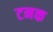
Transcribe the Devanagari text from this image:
टनक